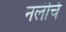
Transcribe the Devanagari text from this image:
नलंचि